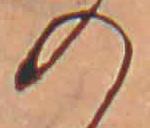
の